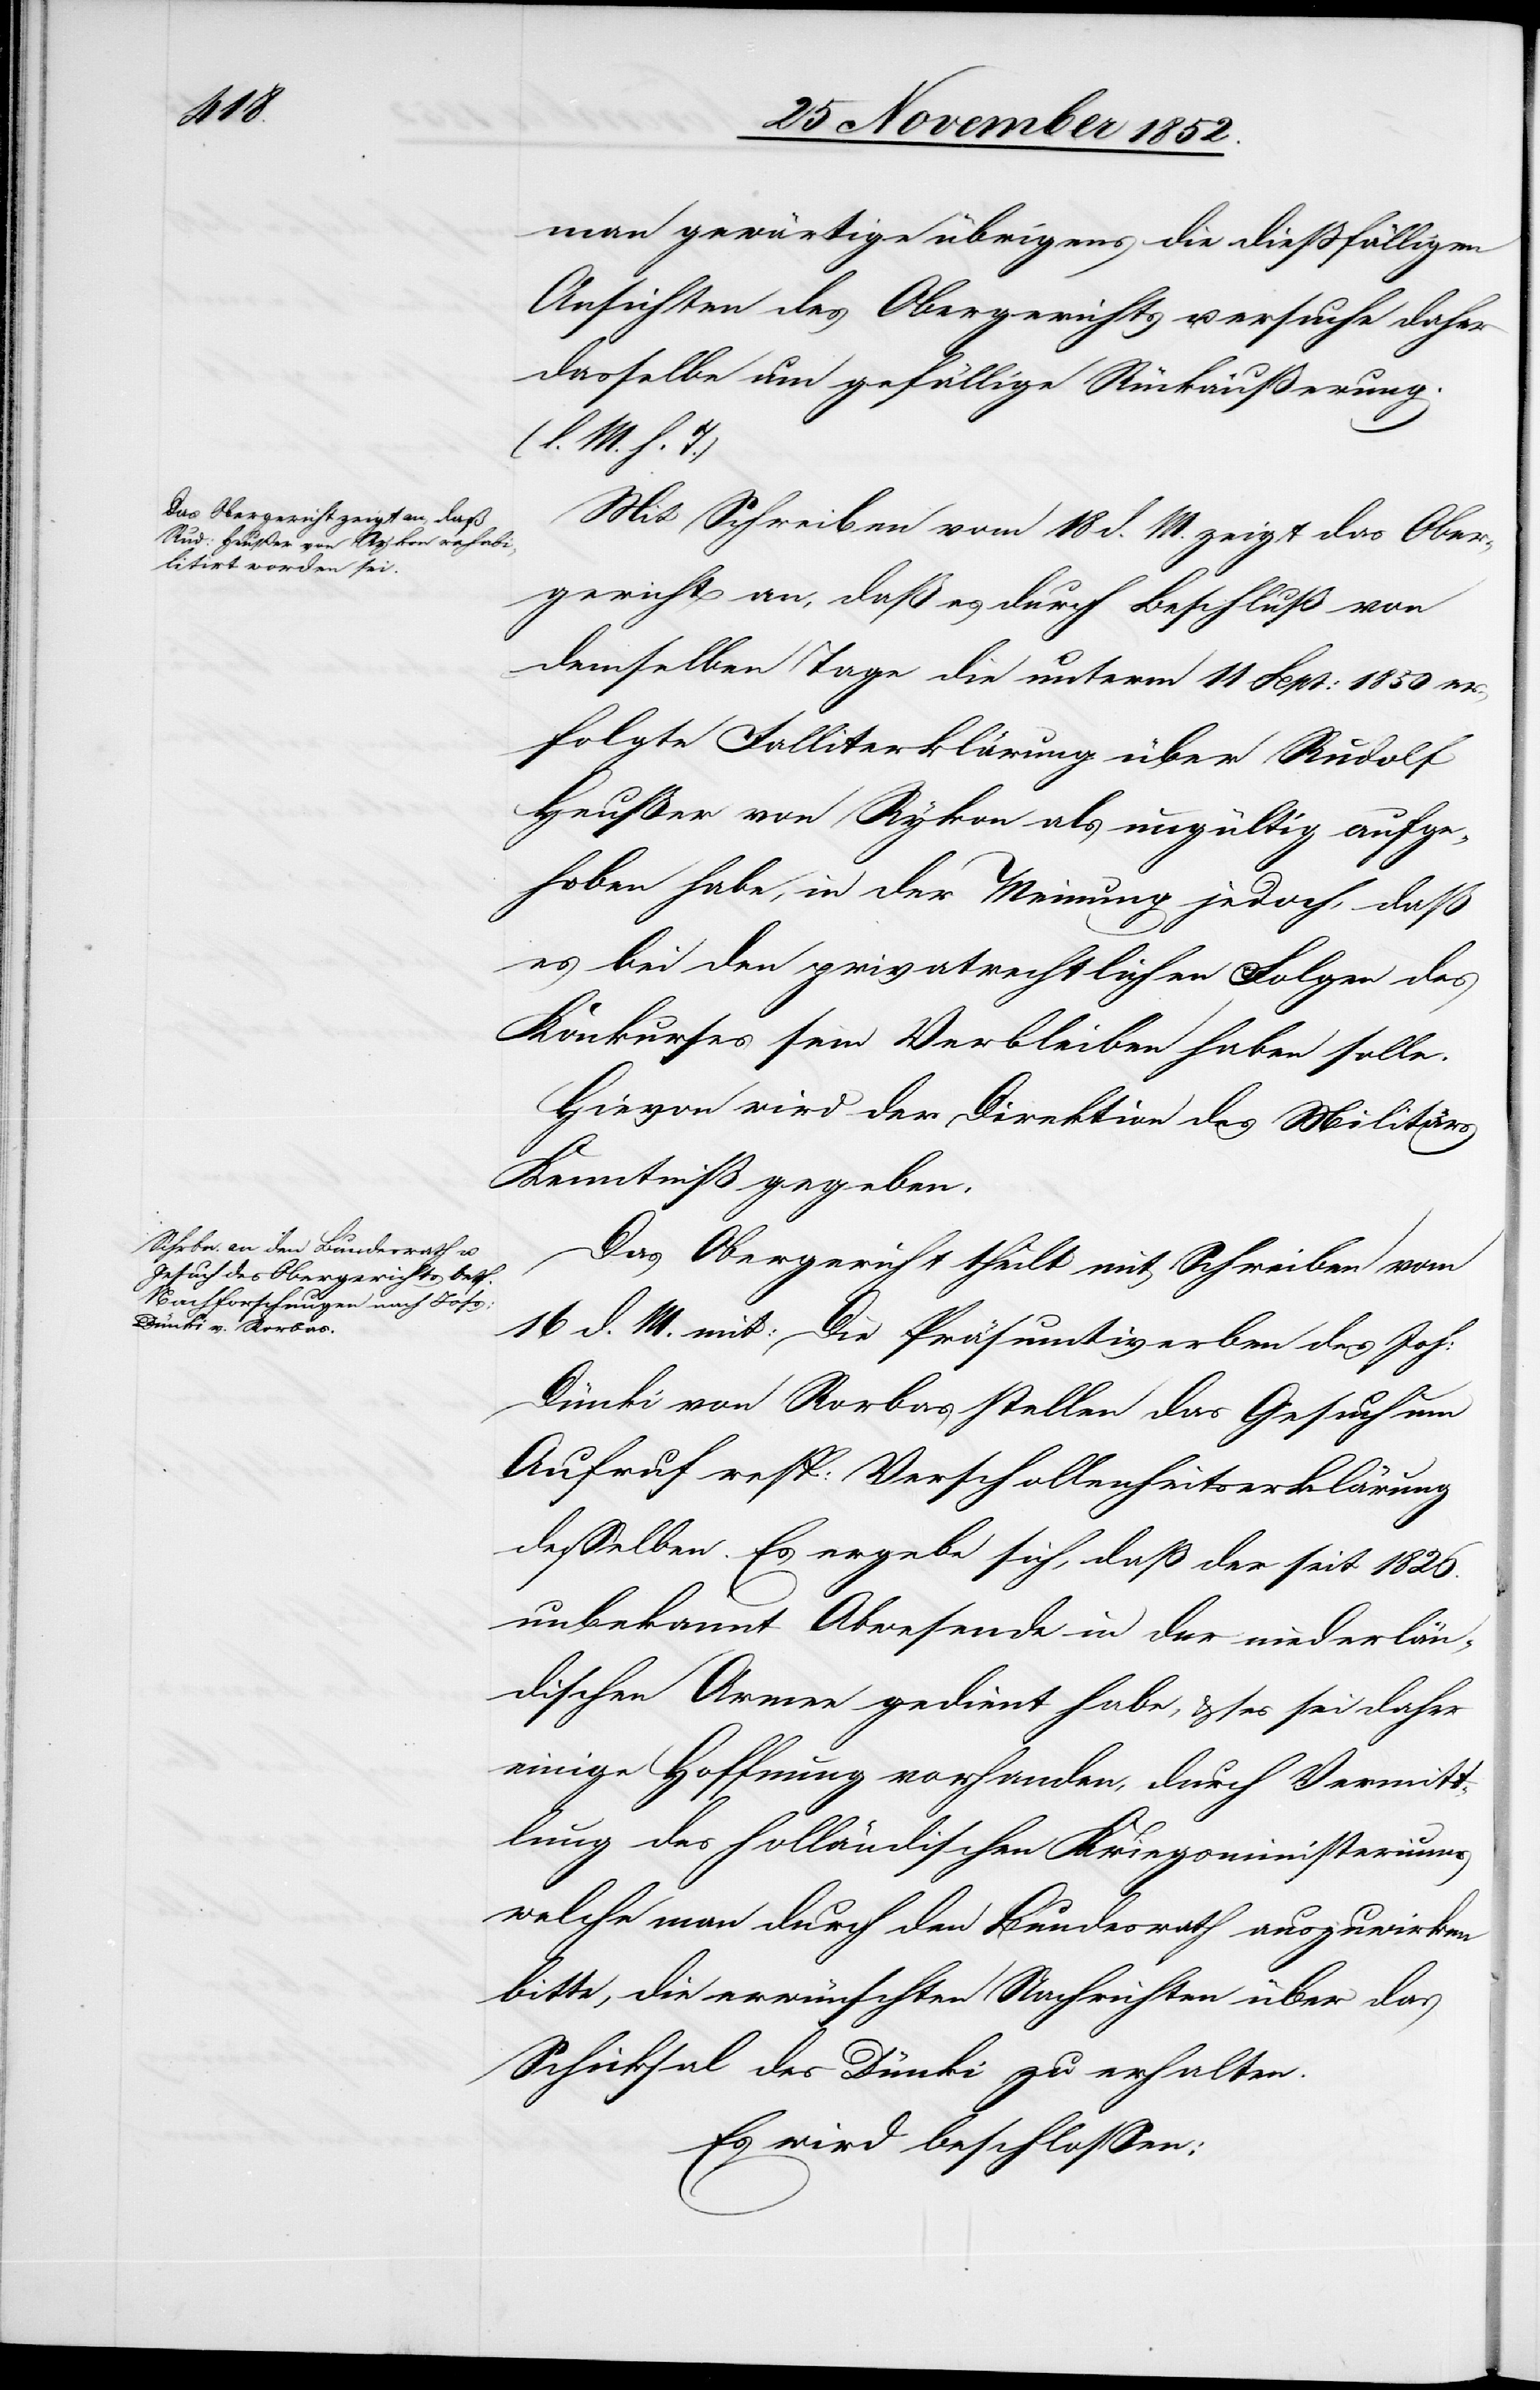
man gewärtige übrigens die dießfälligen
Ansichten des Obergerichts u. ersuche daher
dasselbe um gefällige Rückäußerung.
(l. M. h. T.)
Mit Schreiben vom 18 d. M. zeigt das Ober¬
gericht an, daß es durch Beschluß von
demselben Tage die unterm 11 Sept: 1850 er¬
folgte Falliterklärung über Rudolf
Heußer von Rykon als ungültig aufge¬
hoben habe, in der Meinung jedoch, daß
es bei den privatrechtlichen Folgen des
Konkurses sein Verbleiben haben solle.
Hievon wird der Direktion des Militärs
Kenntniß gegeben.
Das Obergericht theilt mit Schreiben vom
16 d. M. mit: Die Präsumtiverben des Joh:
Dünki von Rorbas stellen das Gesuch um
Aufruf resp: Verschollenheitserklärung
desselben. Es ergebe sich, daß der seit 1826.
unbekannt Abwesende in der niederlän¬
dischen Armee gedient habe, & es sei daher
einige Hoffnung vorhanden, durch Vermitt¬
lung des holländischen Kriegsministeriums
welche man durch den Bundesrath auszuwirken
bitte, die erwünschten Nachrichten über das
Schicksal des Dünki zu erhalten.
Es wird beschlossen: